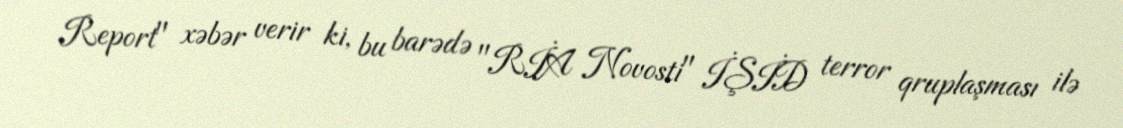
Report" xəbər verir ki, bu barədə "RİA Novosti" İŞİD terror qruplaşması ilə